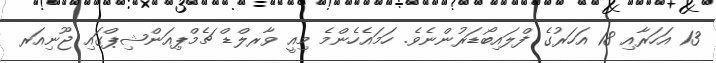
13 އަހަރާއި 18 އަހަރުގެ ފްލައިބޯޑަރުންނެވެ. ހަމައެހެންމެ މިއީ ވާރލްޑް ޗެމްޕިއަންޝިޕްގައި ޖޫނިއަރ